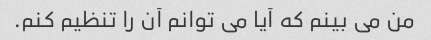
من می بینم که آیا می توانم آن را تنظیم کنم.